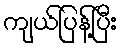
ကျယ်ပြန့်ပြီး